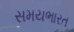
સમયભારત